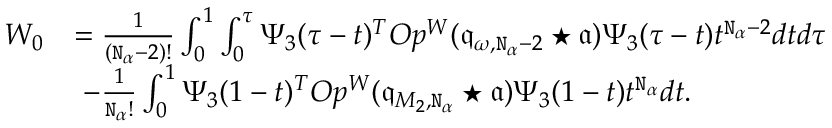
\begin{array} { r l } { W _ { 0 } } & { = \frac { 1 } { ( \mathtt { N } _ { \alpha } - 2 ) ! } \int _ { 0 } ^ { 1 } \int _ { 0 } ^ { \tau } \Psi _ { 3 } ( \tau - t ) ^ { T } O p ^ { W } ( \mathfrak { q } _ { \omega , \mathtt { N } _ { \alpha } - 2 } \star \mathfrak { a } ) \Psi _ { 3 } ( \tau - t ) t ^ { \mathtt { N } _ { \alpha } - 2 } d t d \tau } \\ & { \ - \frac { 1 } { \mathtt { N } _ { \alpha } ! } \int _ { 0 } ^ { 1 } \Psi _ { 3 } ( 1 - t ) ^ { T } O p ^ { W } ( \mathfrak { q } _ { M _ { 2 } , \mathtt { N } _ { \alpha } } \star \mathfrak { a } ) \Psi _ { 3 } ( 1 - t ) t ^ { \mathtt { N } _ { \alpha } } d t . } \end{array}